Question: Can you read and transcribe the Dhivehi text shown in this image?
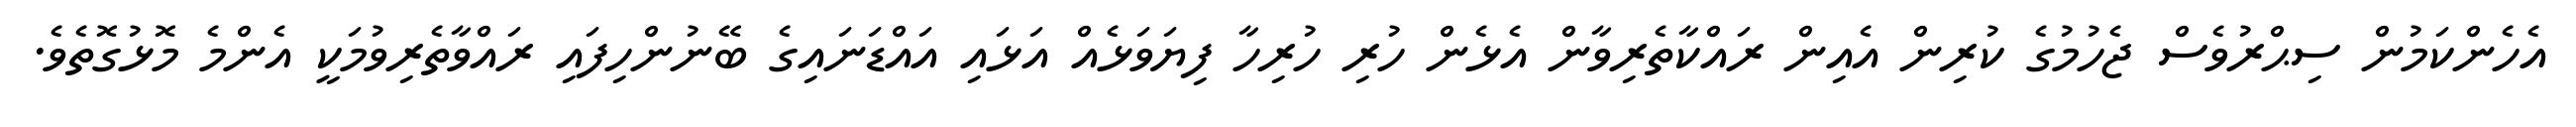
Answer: އެހެންކަމުން ސިޙްރުވެސް ޖެހުމުގެ ކުރިން އެއިން ރައްކާތެރިވާން އެޅެން ހުރި ހުރިހާ ފިޔަވަޅެއް އަޅައި އައްޑަނައިގެ ބޭނުންހިފައި ރައްވާތެރިވުމަކީ އެންމެ މޮޅުގޮތެވެ.